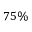
7 5 \%